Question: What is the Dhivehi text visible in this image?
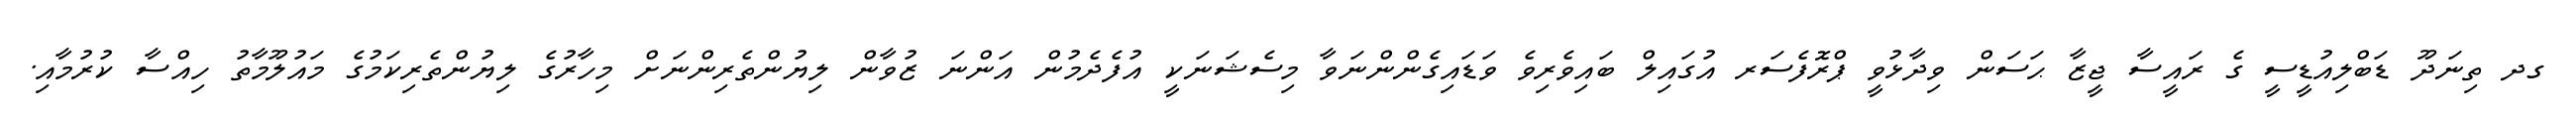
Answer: ގދ ތިނަދޫ ޑަބްލިއުޑީސީ ގެ ރައީސާ ޖީޒާ ޙަސަން ވިދާޅުވީ ޕްރޮފެސަރ އުގައިލް ބައިވެރިވެ ވަޑައިގެންންނަވާ މިސެޝަނަކީ އުފެދެމުން އަންނަ ޒުވާން ލިޔުންތެރިންނަށް މިހާރުގެ ލިޔުންތެރިކަމުގެ މައުލޫމާތު ހިއްސާ ކުރުމާއި.